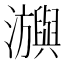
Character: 𤄕